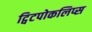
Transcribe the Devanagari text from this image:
ट्विटपोकलिप्स